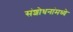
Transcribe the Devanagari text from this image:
संशोधनांमध्ये